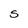
Character: S